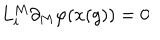
L _ { i } ^ { M } \partial _ { M } \varphi ( x ( g ) ) = 0